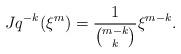
LaTeX: \begin{align*}Jq^{-k}(\xi^m)=\frac{1}{\binom{m-k}{k}} \xi^{m-k}. \end{align*}